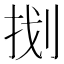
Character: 𭠤